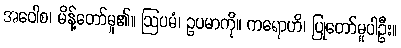
အဝေါစ၊ မိန့်တော်မူ၏။ ဩပမံ၊ ဥပမာကို။ ကရောဟိ၊ ပြုတော်မူပါဦး။